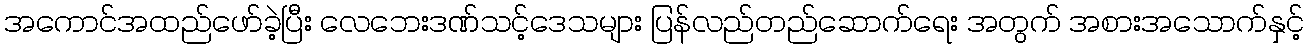
အကောင်အထည်ဖော်ခဲ့ပြီး လေဘေးဒဏ်သင့်ဒေသများ ပြန်လည်တည်ဆောက်ရေး အတွက် အစားအသောက်နှင့်